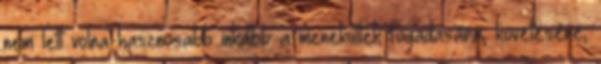
nem lett volna hasznosabb inkább a menekültek fogadására, követésére,